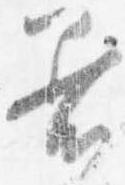
着